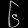
Digit: ၆